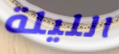
الليلة